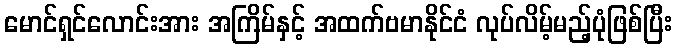
မောင်ရှင်လောင်းအား အကြိမ်နှင့် အထက်ဗမာနိုင်ငံ လုပ်လိမ့်မည့်ပုံဖြစ်ပြီး